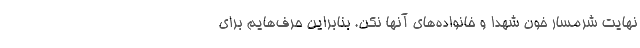
نهایت شرمسار خون شهدا و خانواده‌های آنها نکن. بنابراین حرف‌هایم برای